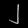
Digit: ၂